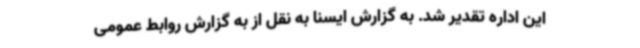
این اداره تقدیر شد. به گزارش ایسنا به نقل از به گزارش روابط عمومی